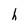
Character: h